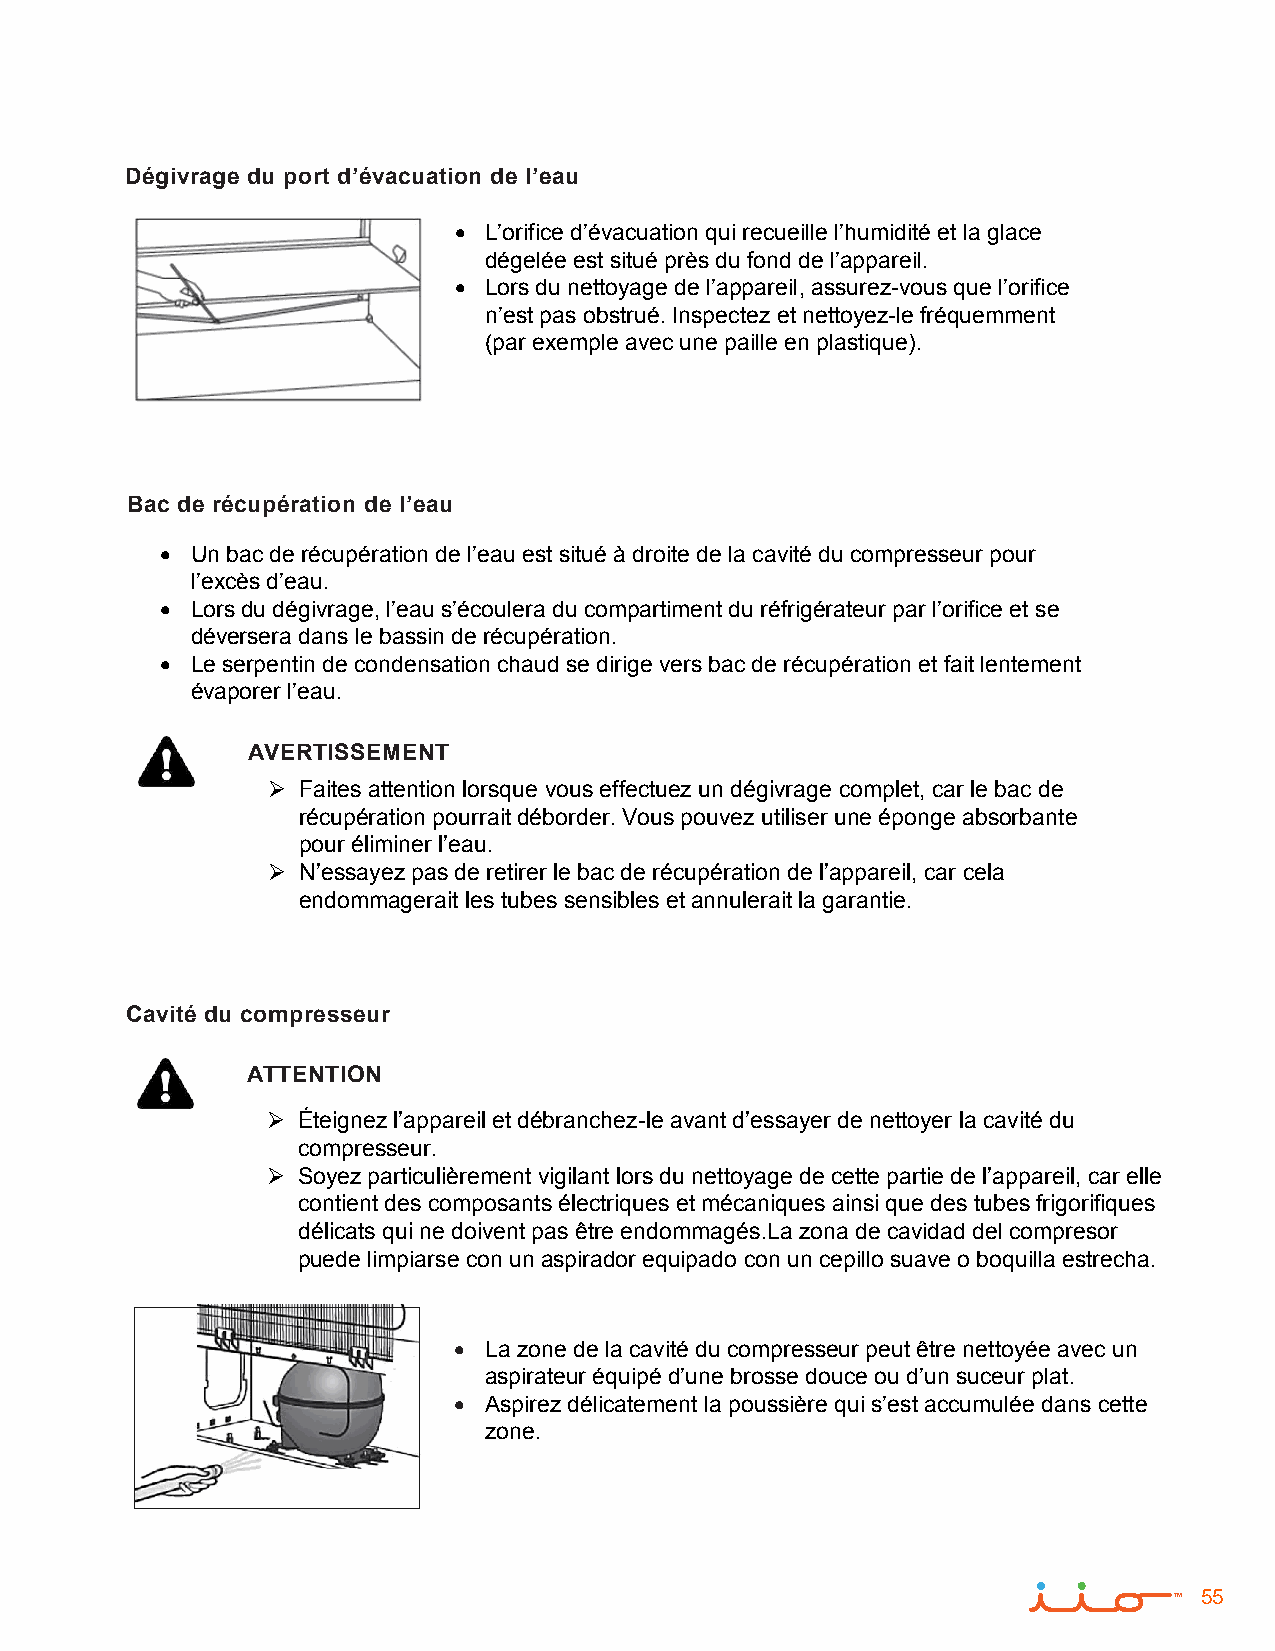
Dégivrage du port d’évacuation de l’eau
 • L’orifice d’évacuation qui recueille l’humidité et la glace
 dégelée est situé près du fond de l’appareil.
 • Lors du nettoyage de l’appareil, assurez-vous que l’orifice
 n’est pas obstrué. Inspectez et nettoyez-le fréquemment
 (par exemple avec une paille en plastique).
 Bac de récupération de l’eau
 • Un bac de récupération de l’eau est situé à droite de la cavité du compresseur pour
 l’excès d’eau.
 • Lors du dégivrage, l’eau s’écoulera du compartiment du réfrigérateur par l’orifice et se
 déversera dans le bassin de récupération.
 • Le serpentin de condensation chaud se dirige vers bac de récupération et fait lentement
 évaporer l’eau.
 AVERTISSEMENT
  Faites attention lorsque vous effectuez un dégivrage complet, car le bac de
 récupération pourrait déborder. Vous pouvez utiliser une éponge absorbante
 pour éliminer l’eau.
  N’essayez pas de retirer le bac de récupération de l’appareil, car cela
 endommagerait les tubes sensibles et annulerait la garantie.
 Cavité du compresseur
 ATTENTION
  Éteignez l’appareil et débranchez-le avant d’essayer de nettoyer la cavité du
 compresseur.
  Soyez particulièrement vigilant lors du nettoyage de cette partie de l’appareil, car elle
 contient des composants électriques et mécaniques ainsi que des tubes frigorifiques
 délicats qui ne doivent pas être endommagés.La zona de cavidad del compresor
 puede limpiarse con un aspirador equipado con un cepillo suave o boquilla estrecha.
 • La zone de la cavité du compresseur peut être nettoyée avec un
 aspirateur équipé d’une brosse douce ou d’un suceur plat.
 • Aspirez délicatement la poussière qui s’est accumulée dans cette
 zone.
 55